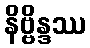
နိဗ္ဗိန္ဒဿ